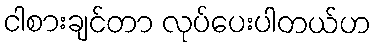
ငါစားချင်တာ လုပ်ပေးပါတယ်ဟ